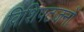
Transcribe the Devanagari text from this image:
विशिषटजनों